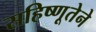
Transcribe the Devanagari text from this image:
सहिष्णूतेने